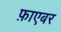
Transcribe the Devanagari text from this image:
फ़ाएबर